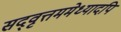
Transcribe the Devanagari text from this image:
सद्‌वृत्तममेध्यादपि